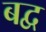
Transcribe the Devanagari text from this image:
बद्व